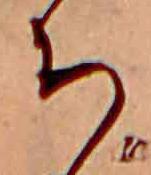
ち